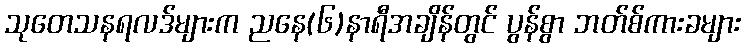
သုတေသနရလဒ်များက ညနေ(၆)နာရီအချိန်တွင် ပွန်စွာ ဘတ်စ်ကားခများ